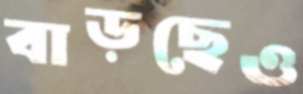
বাড়ছেও